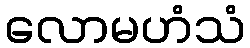
လောမဟံသံ